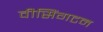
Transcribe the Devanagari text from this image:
वीसिंगटन